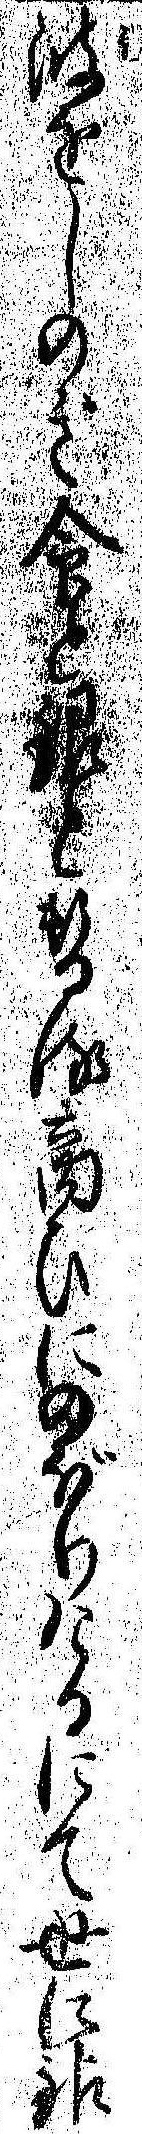
波をしのぎ命と銀と替る商ひにのぼりけるにて世に銀